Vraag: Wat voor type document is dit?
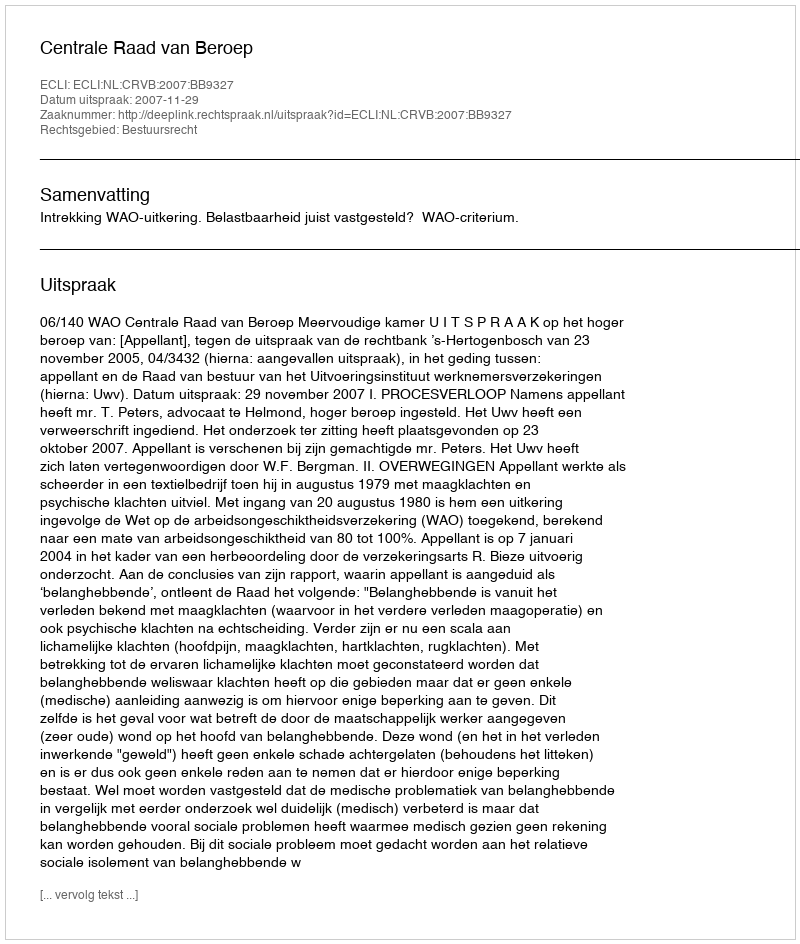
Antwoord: Uitspraak